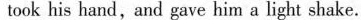
took his hand,and gave him a light shake.